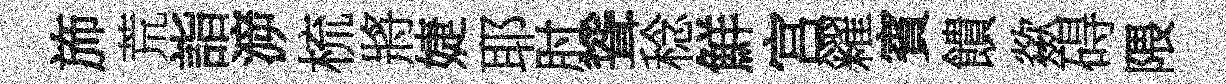
斾荒詣㴑梳將婕耶肘聳稔鮮宫糴賓饋歘碍隈